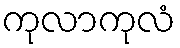
ကုလာကုလံ